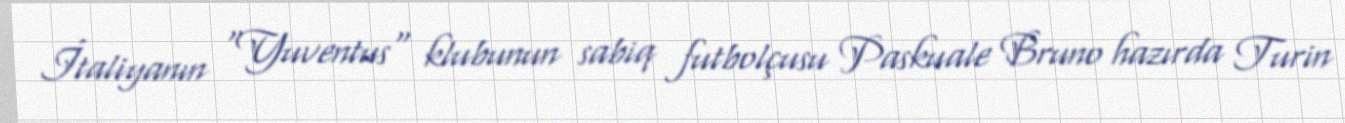
İtaliyanın "Yuventus" klubunun sabiq futbolçusu Paskuale Bruno hazırda Turin